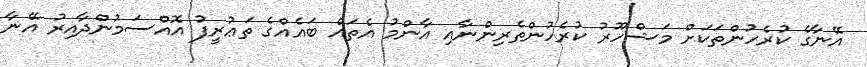
އޭނާގެ ކުރެހުންތަކަށް މަޝްހޫރު ކުރެހުންތެރިންނާއި އާންމު އެތައް ބައެއްގެ ތަޢުރީފު އޮއްސަމުންދާއިރު އޭނާ